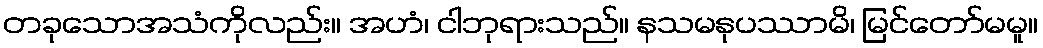
တခုသောအသံကိုလည်း။ အဟံ၊ ငါဘုရားသည်။ နသမနုပဿာမိ၊ မြင်တော်မမူ။